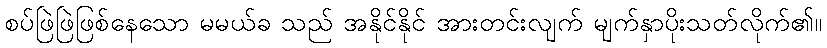
စပ်ဖြဲဖြဲဖြစ်နေသော မမယ်ခ သည် အနိုင်နိုင် အားတင်းလျက် မျက်နှာပိုးသတ်လိုက်၏။